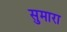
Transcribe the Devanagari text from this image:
सुमारा